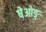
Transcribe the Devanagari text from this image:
षेओङ्